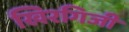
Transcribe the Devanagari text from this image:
खिरगिजी